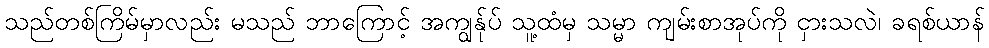
သည်တစ်ကြိမ်မှာလည်း မသည် ဘာကြောင့် အကျွန်ုပ် သူ့ထံမှ သမ္မာ ကျမ်းစာအုပ်ကို ငှားသလဲ၊ ခရစ်ယာန်